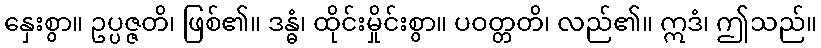
နှေးစွာ။ ဥပ္ပဇ္ဇတိ၊ ဖြစ်၏။ ဒန္ဓံ၊ ထိုင်းမှိုင်းစွာ။ ပဝတ္တတိ၊ လည်၏။ ဣဒံ၊ ဤသည်။